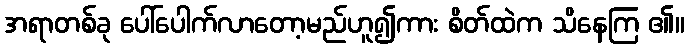
အရာတစ်ခု ပေါ်ပေါက်လာတော့မည်ဟူ၍ကား စိတ်ထဲက သိနေကြ ၏။